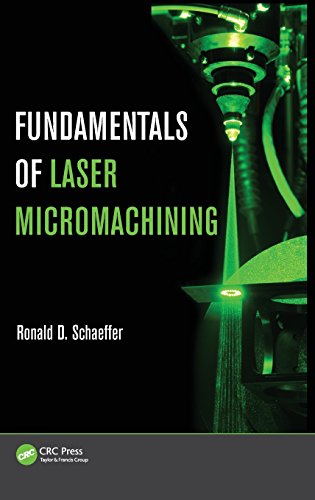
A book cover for Fundamentals of Laser Micromachining; Ronald Schaeffer; Science & Math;